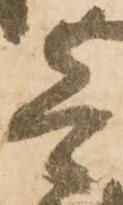
壱